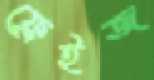
ফ্রেইজ